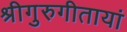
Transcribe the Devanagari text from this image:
श्रीगुरुगीतायां